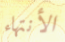
الأنتهاء